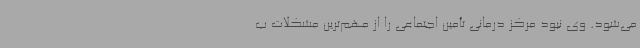
می‌شود. وی نبود مرکز درمانی تأمین اجتماعی را از مهم‌ترین مشکلات ب